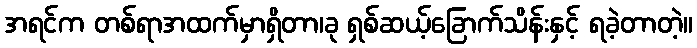
အရင်က တစ်ရာအထက်မှာရှိတာ၊ခု ရှစ်ဆယ့်ခြောက်သိန်းနှင့် ရခဲ့တာတဲ့။